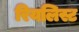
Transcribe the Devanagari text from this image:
रियलिस्ट